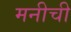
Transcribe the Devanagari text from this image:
मनीची